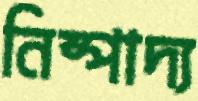
নিষ্পাদ্য